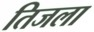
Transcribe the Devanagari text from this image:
तिजला